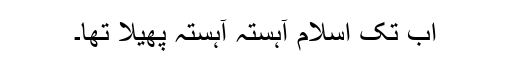
اب تک اسلام آہستہ آہستہ پھیلا تھا۔